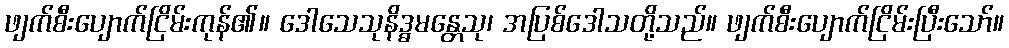
ဖျက်စီးပျောက်ငြိမ်းကုန်၏။ ဒေါသေသုနိဒ္ဓမန္တေသု၊ အပြစ်ဒေါသတို့သည်။ ဖျက်စီးပျောက်ငြိမ်းပြီးသော်။